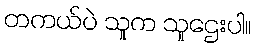
တကယ်ပဲ သူက သူဌေးပါ။